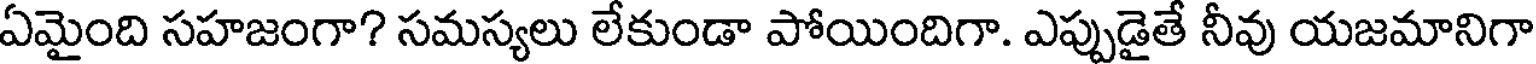
ఏమైంది సహజంగా? సమస్యలు లేకుండా పోయిందిగా. ఎప్పుడైతే నీవు యజమానిగా